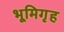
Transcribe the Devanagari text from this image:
भूमिगृह